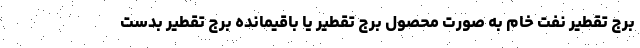
برج تقطیر نفت خام به صورت محصول برج تقطیر یا باقیمانده برج تقطیر بدست